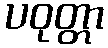
ပဝုတ္တာ